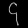
Digit: ၄